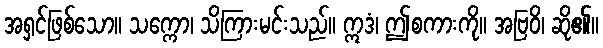
အရှင်ဖြစ်သော။ သက္ကော၊ သိကြားမင်းသည်။ ဣဒံ၊ ဤစကားကို။ အဗြဝိ၊ ဆို၏။